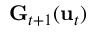
\mathbf { G } _ { t + 1 } ( \mathbf { u } _ { t } )